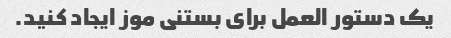
یک دستور العمل برای بستنی موز ایجاد کنید.